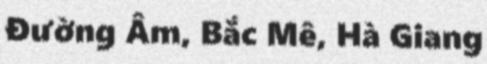
Đường Âm, Bắc Mê, Hà Giang